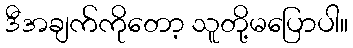
ဒီအချက်ကိုတော့ သူတို့မပြောပါ။